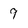
Character: 9